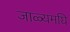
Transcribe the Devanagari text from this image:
जाळ्यमघि